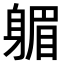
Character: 𨉭